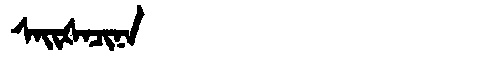
Manchu: ᠰᠠᡳᡧᠠᠴᡳᠨᠠ
Romanization: SAIŠACINA